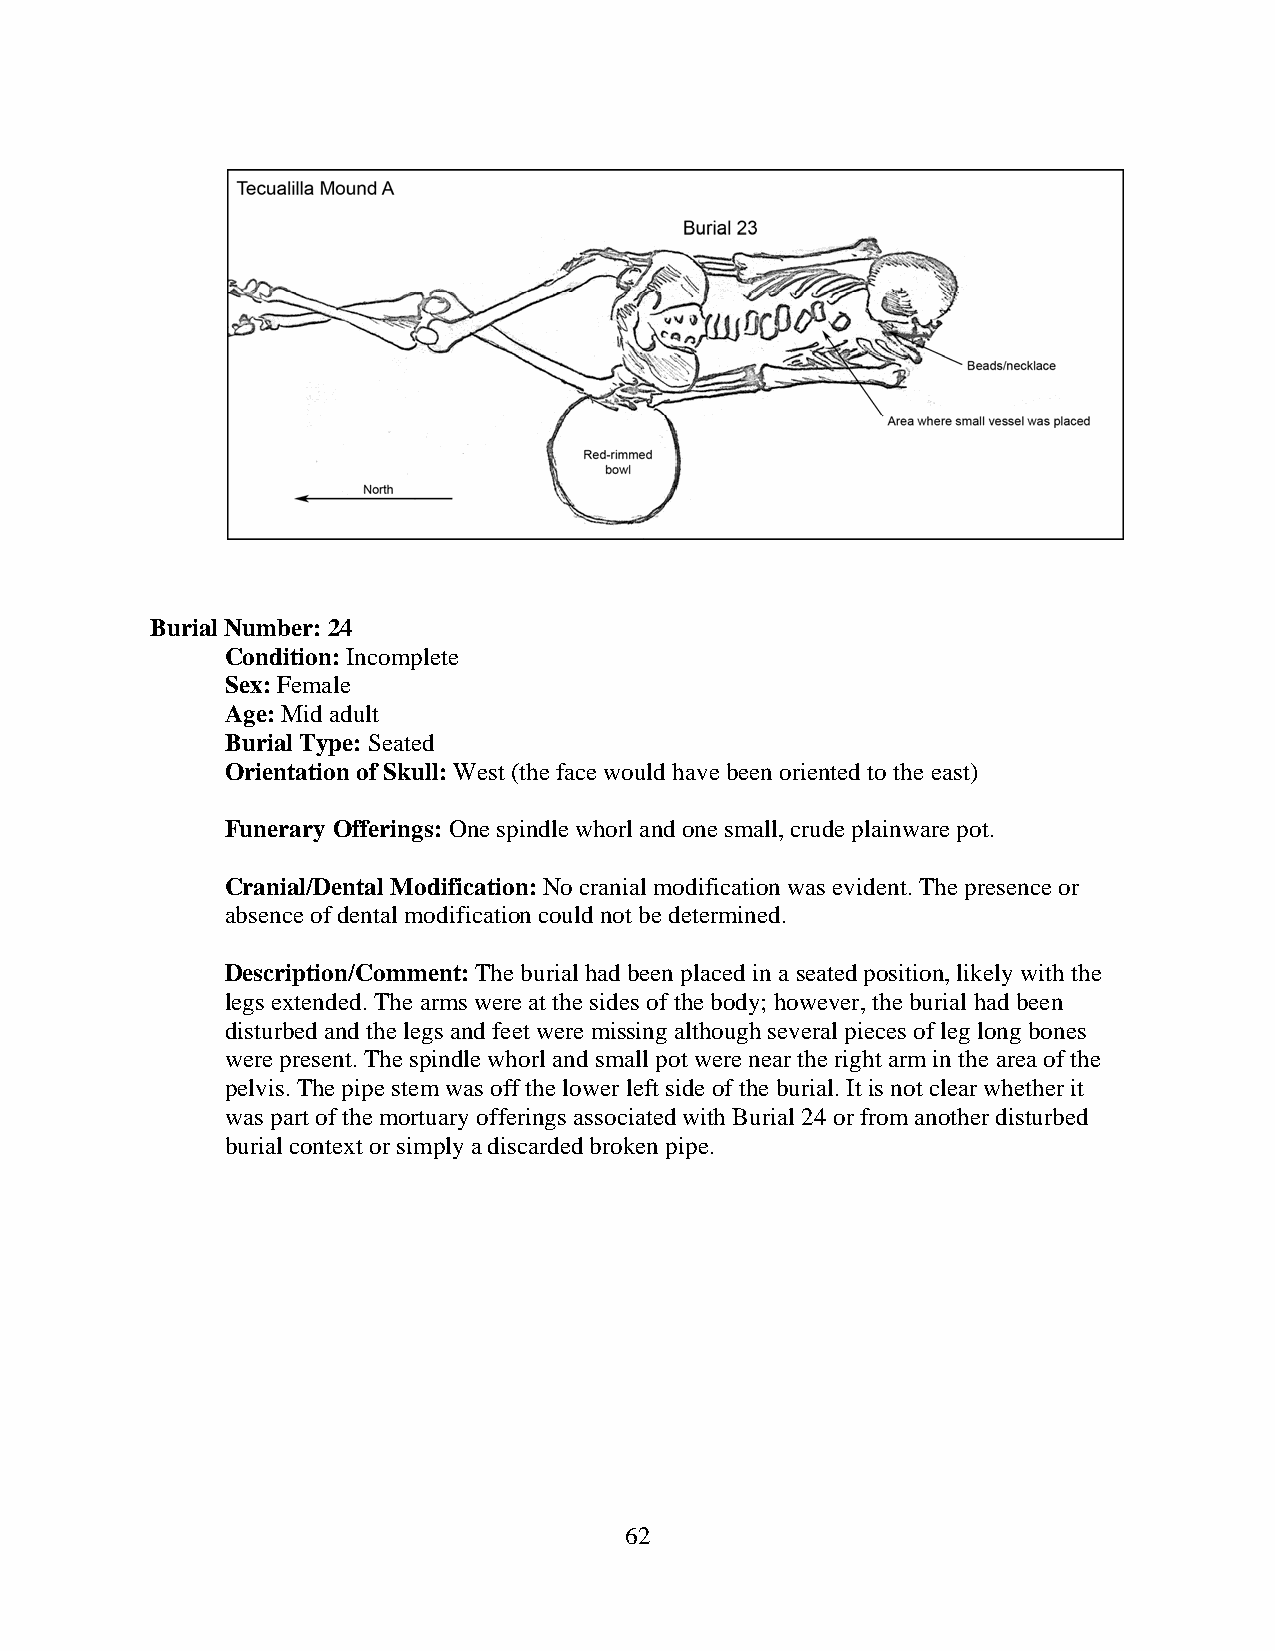
Burial Number: 24
 Condition: Incomplete
 Sex: Female
 Age: Mid adult
 Burial Type: Seated
 Orientation of Skull: West (the face would have been oriented to the east)
 Funerary Offerings: One spindle whorl and one small, crude plainware pot.
 Cranial/Dental Modification: No cranial modification was evident. The presence or
 absence of dental modification could not be determined.
 Description/Comment: The burial had been placed in a seated position, likely with the
 legs extended. The arms were at the sides of the body; however, the burial had been
 disturbed and the legs and feet were missing although several pieces of leg long bones
 were present. The spindle whorl and small pot were near the right arm in the area of the
 pelvis. The pipe stem was off the lower left side of the burial. It is not clear whether it
 was part of the mortuary offerings associated with Burial 24 or from another disturbed
 burial context or simply a discarded broken pipe.
 62